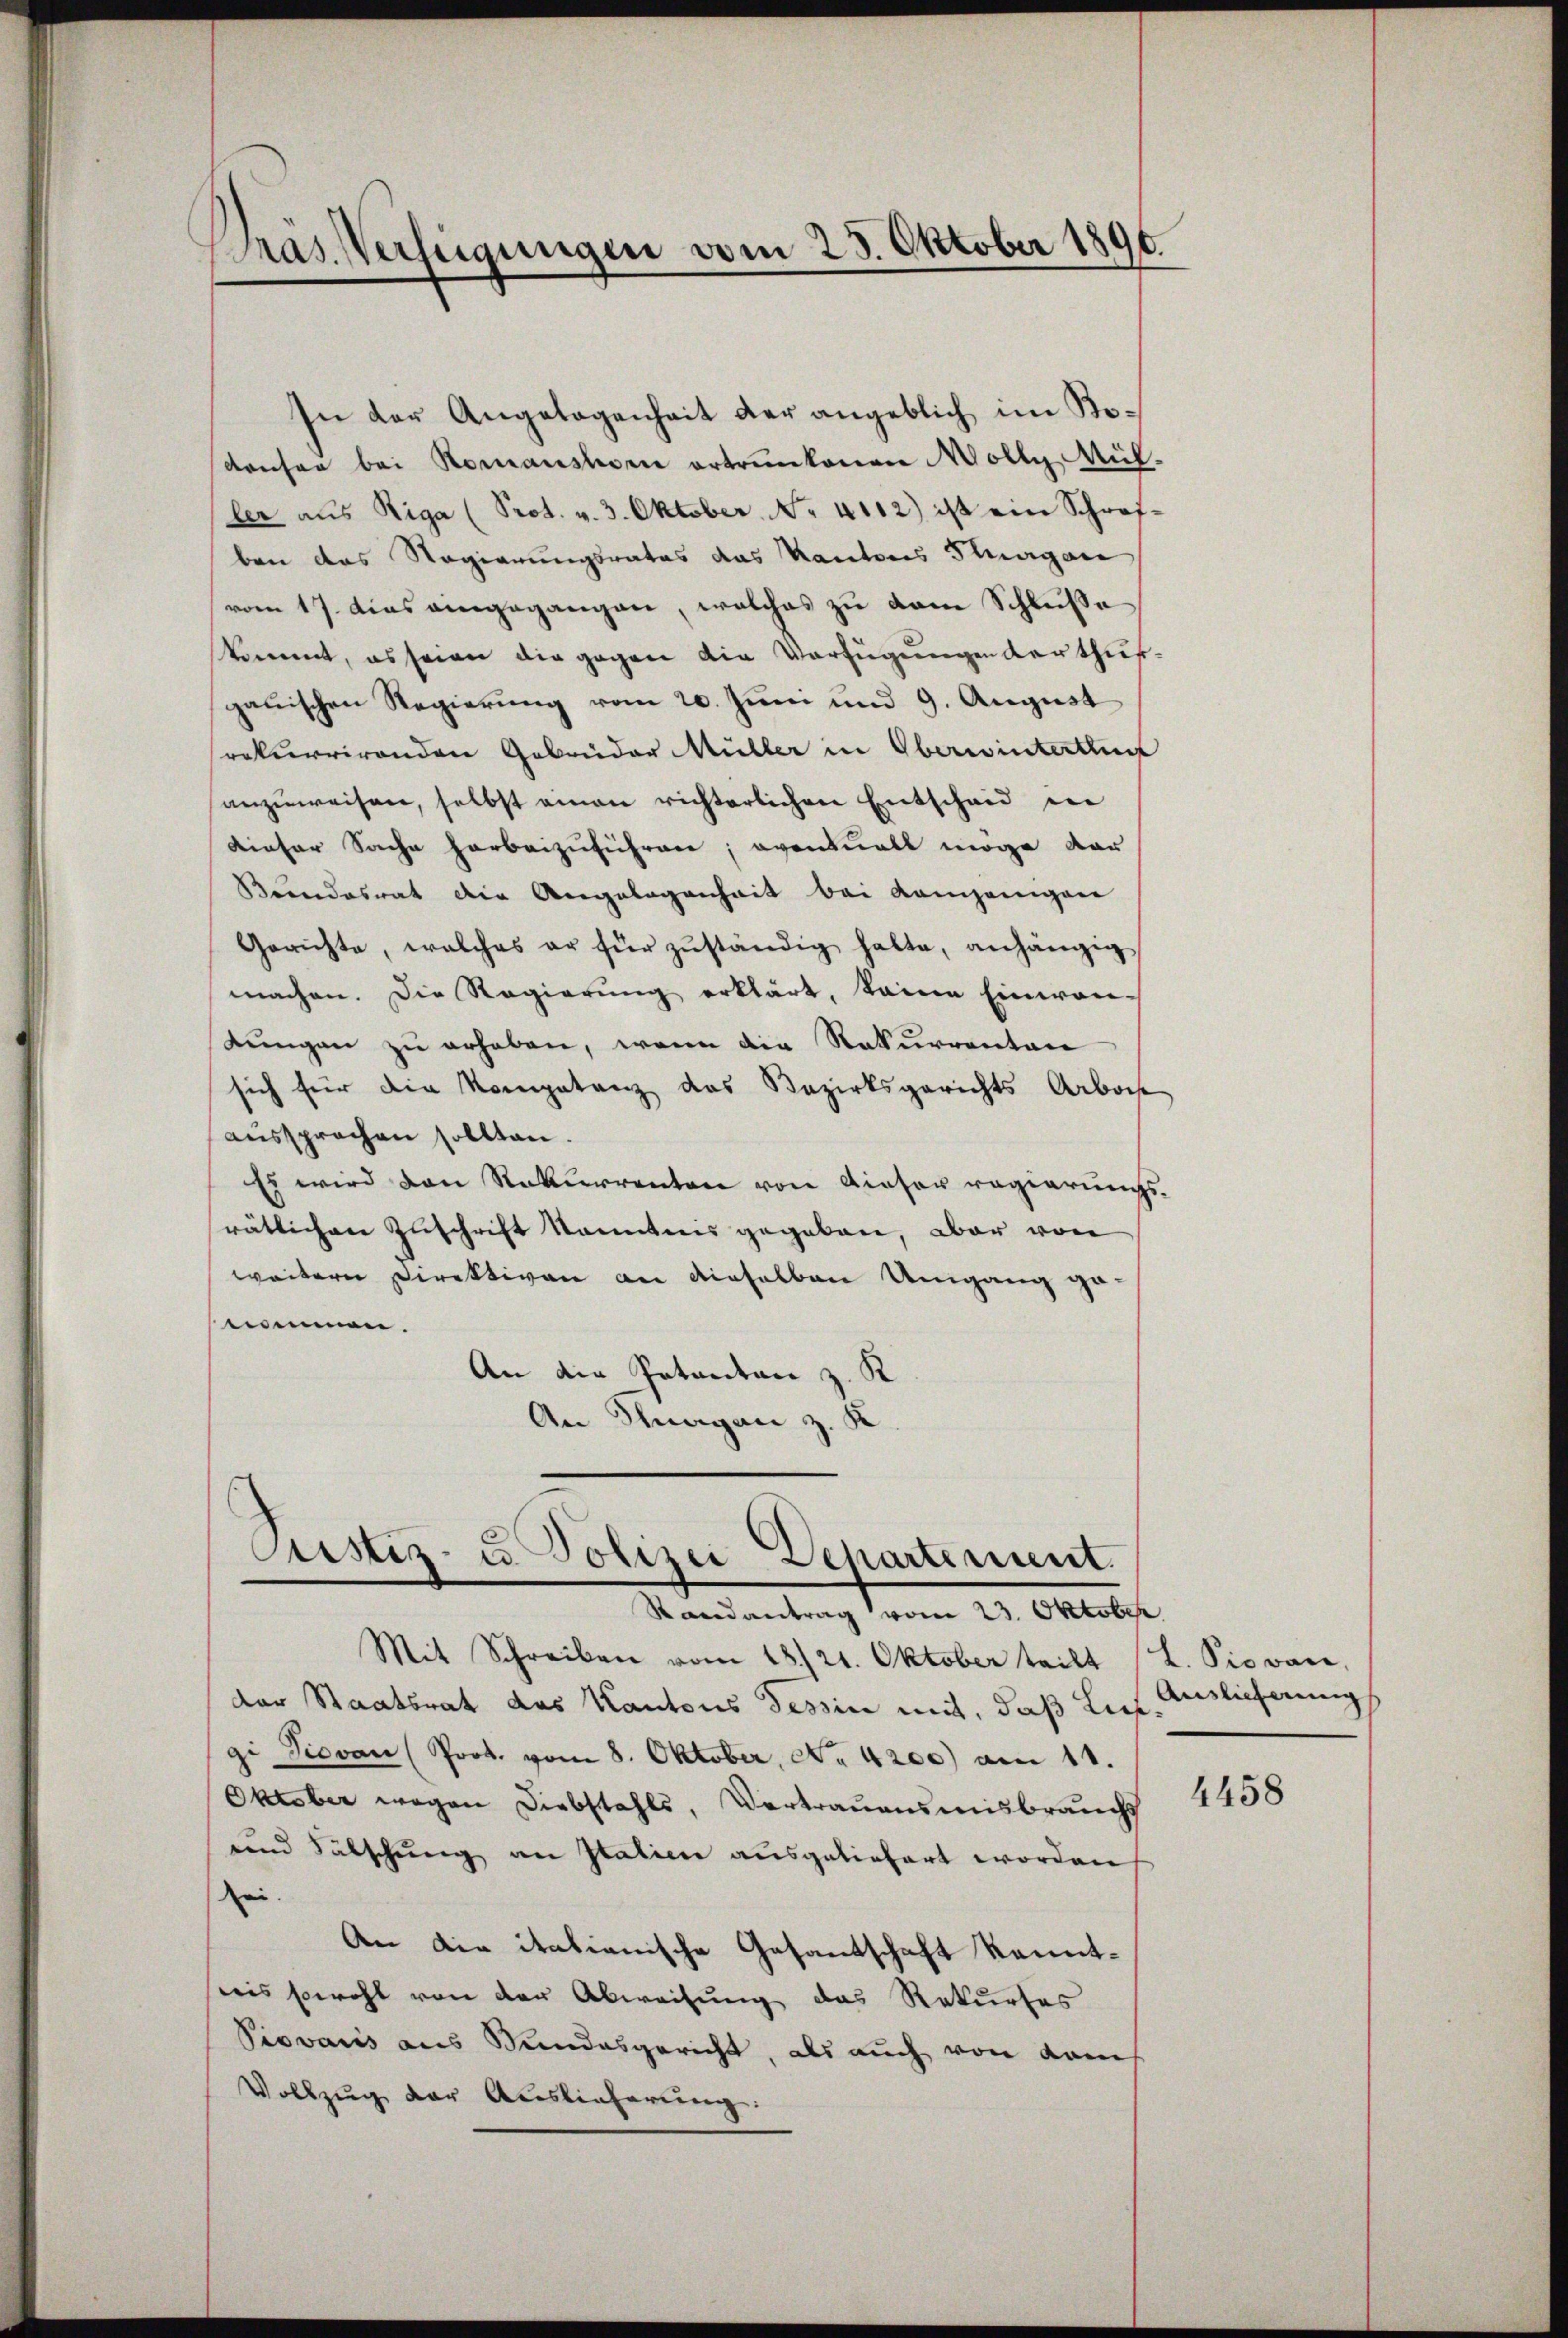
pras. Verfügungen vom 25. Oktober 1890.

In der Angelegenheit der angeblich im Redrüsen bei Romanstore ertrunkenen Molly Müller aus Riga (Prot. v. 3. Oktober No. 4112) ist ein Schrof-
ben das Regierungsrates das Kantons Thurgau
vom 17. dies angegangen, welches zu dem Schluße
kommt, es seien die gegen die Verfügungen verthurgauischen Regierung vom 20. Juni und 9. August
rekurrirenden Gebrüder Müller in Oberwinterthur
anzŭweisen, selbst eman richterlichen Entscheid der
dieser Sache herbeizuführen, eventuell möge vor
Brandesrat die Angelegenheit bei Kampanigen
Gerichte, welches er für zŭständig halte, anhängig
machen. Die Regierung erklärt, keine Einwanlungen zu erhaben, wenn die Rekurrentan
sich für die Kompetenz das Bezirksgerichts Arboch
aussprechen sollten.
Es wird den Rekurrenten von Dieser regierungsrätlichen Zuschrift kanntnis gegeben, aber von
weitern Direktiven an dieselben Umgang genommen.
An die Patentan z. K
An Kurgan z. K

Justiz- u. Polizei Departement.
Randantrag vom 23. Oktober
Mit Schreiben vom 18. 21. Oktober teilt L. Piovar,

der Staatsrat das Kantons Tessin mit, daß Liefgi Piovan (Prot. vom 8. Oktober, No 4200) am 11.
Oktober wegen Diebstahls, Vertrauensmisbrauchs
und Fälschung an Italien ausgeliefert worden
ei.
An die italianische Gesantschaft kanntnis sowohl von der Abweisung das Rekurses
Piovaiis aus Stundesgericht, als auch von Kam
Vollzug der Auslieferung:

Auslieferungs

4458